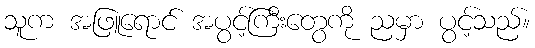
သူက အဖြူရောင် အပွင့်ကြီးတွေကို ညမှာ ပွင့်သည်။